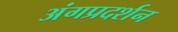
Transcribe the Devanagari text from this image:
अंगप्रदर्शन